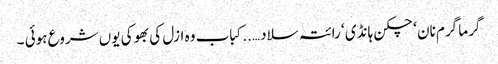
گرما گرم نان ‘ چکن ہانڈی ‘ رائتہ سلاد …..کباب وہ ازل کی بھوکی یوں شروع ہوئی ۔